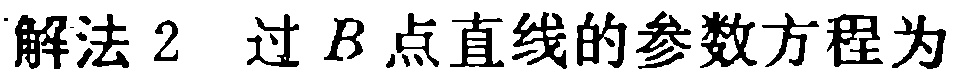
解法2 过 \(B\) 点直线的参数方程为